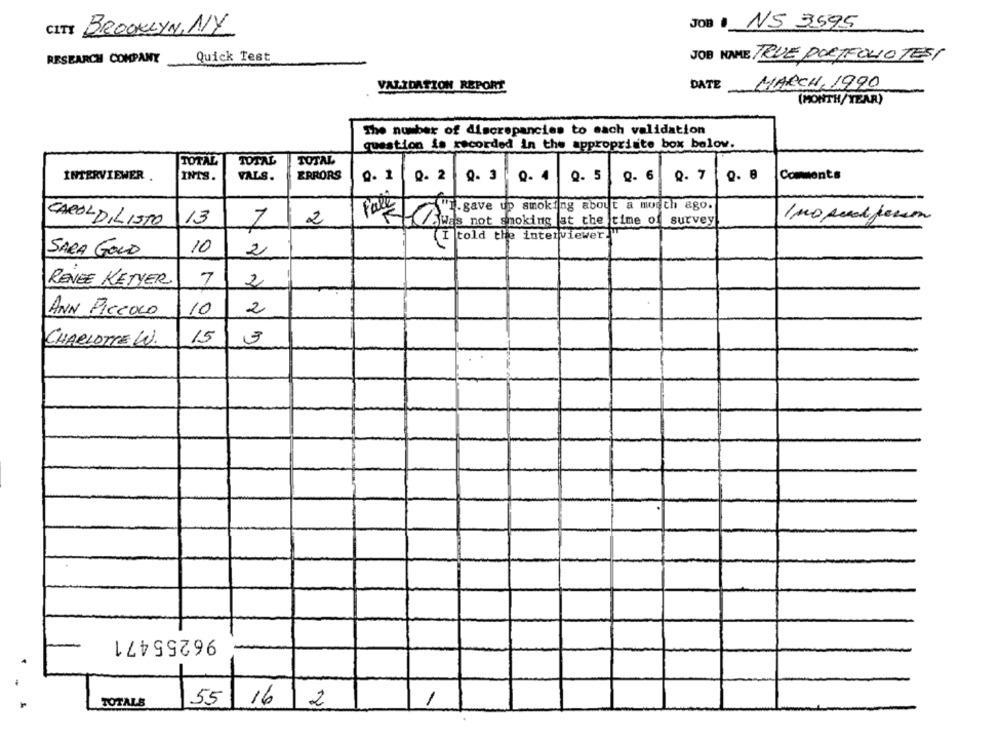
JOB NS 3595
CITY BROOKLYN, NY
RESEARCH COMPANY
Quick Test
JOB NAME TRUE PORTFOLIO TEST
VALIDATION REPORT
DATE
MARCH, 1990
(MONTH/YEAR)
The number of discrepancies to each validation
question is recorded in the appropriate box below.
TOTAL
TOTAL
TOTAL
INTERVIEWER .
INTS.
VALS.
ERRORS
0. 1
Q. 2
9. 3
0. 4
0. 5
Q- 6
0.7
Comments
".gave up smoking about a month ago.
CAROL DI LISTO
13
1
2
FareBuis not smoking at the time of
survey
[I told the interviewer!"
SARA GOLD
10
2
RENEE KETYER
7
2
ANN PICCOLO
10
2
CHARLOTTE WW.
15
3
96255471
TOTALE
55 16
2
1